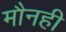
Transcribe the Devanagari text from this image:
मौनही